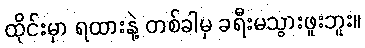
ထိုင်းမှာ ရထားနဲ့ တစ်ခါမှ ခရီးမသွားဖူးဘူး။